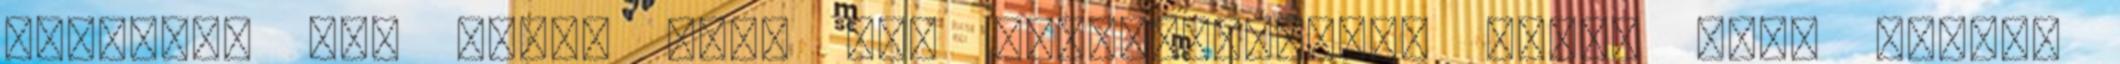
hangzik. Nem lenne jobb más népszerűsítési forma után nézni?